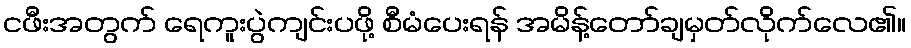
ငဖီးအတွက် ရေကူးပွဲကျင်းပဖို့ စီမံပေးရန် အမိန့်တော်ချမှတ်လိုက်လေ၏။